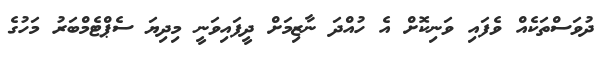
ދުވަސްތަކެއް ވެފައި ވަނިކޮށް އެ ހުއްދަ ނާޒިމަށް ދީފައިވަނީ މިދިޔަ ސެޕްޓެމްބަރު މަހުގެ